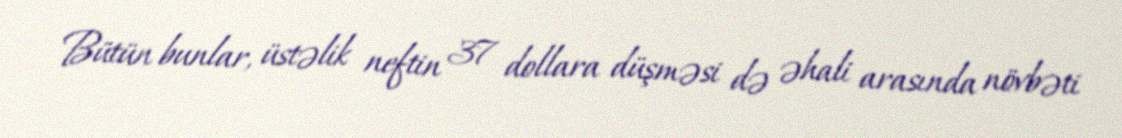
Bütün bunlar, üstəlik neftin 37 dollara düşməsi də əhali arasında növbəti